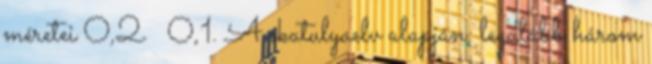
méretei 0,2 х 0,1. A skatulyaelv alapján, legalább három